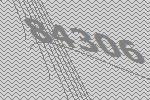
84306